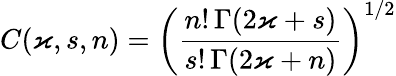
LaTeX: C(\varkappa,s,n)=\left(\frac{n!\, \Gamma(2\varkappa+s)}{s!\, \Gamma(2\varkappa+n)}\right)^{1/2}